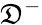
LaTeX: \mathfrak{D}^{-}